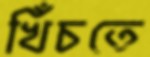
খিঁচতে